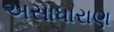
અસાધારાણ